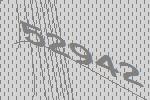
52942